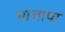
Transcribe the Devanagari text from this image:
भाजापा